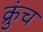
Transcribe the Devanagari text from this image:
क्रुंच